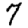
Digit: 7